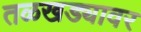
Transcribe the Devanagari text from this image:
तळखड्यावर